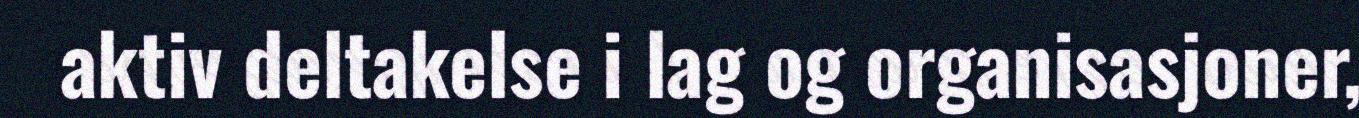
aktiv deltakelse i lag og organisasjoner,